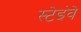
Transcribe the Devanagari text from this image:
स्टेइंवे